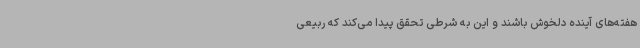
هفته‌های آینده دلخوش باشند و این به شرطی تحقق پیدا می‌کند که ربیعی